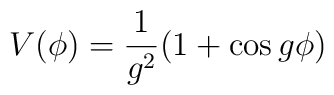
V(\phi) = \frac{1}{g^2} (1 + \cos g\phi)